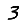
Digit: 3